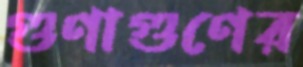
গুণাগুণের